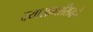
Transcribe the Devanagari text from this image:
दयासागरसिद्धये